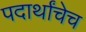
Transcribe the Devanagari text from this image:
पदार्थांचेच